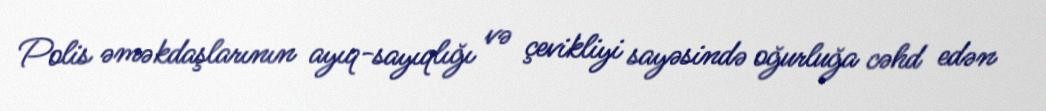
Polis əməkdaşlarının ayıq-sayıqlığı və çevikliyi sayəsində oğurluğa cəhd edən